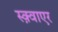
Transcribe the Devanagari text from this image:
स्क़्वाएर